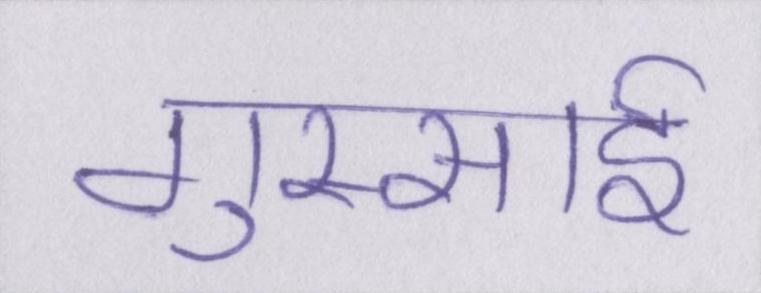
गुस्साई